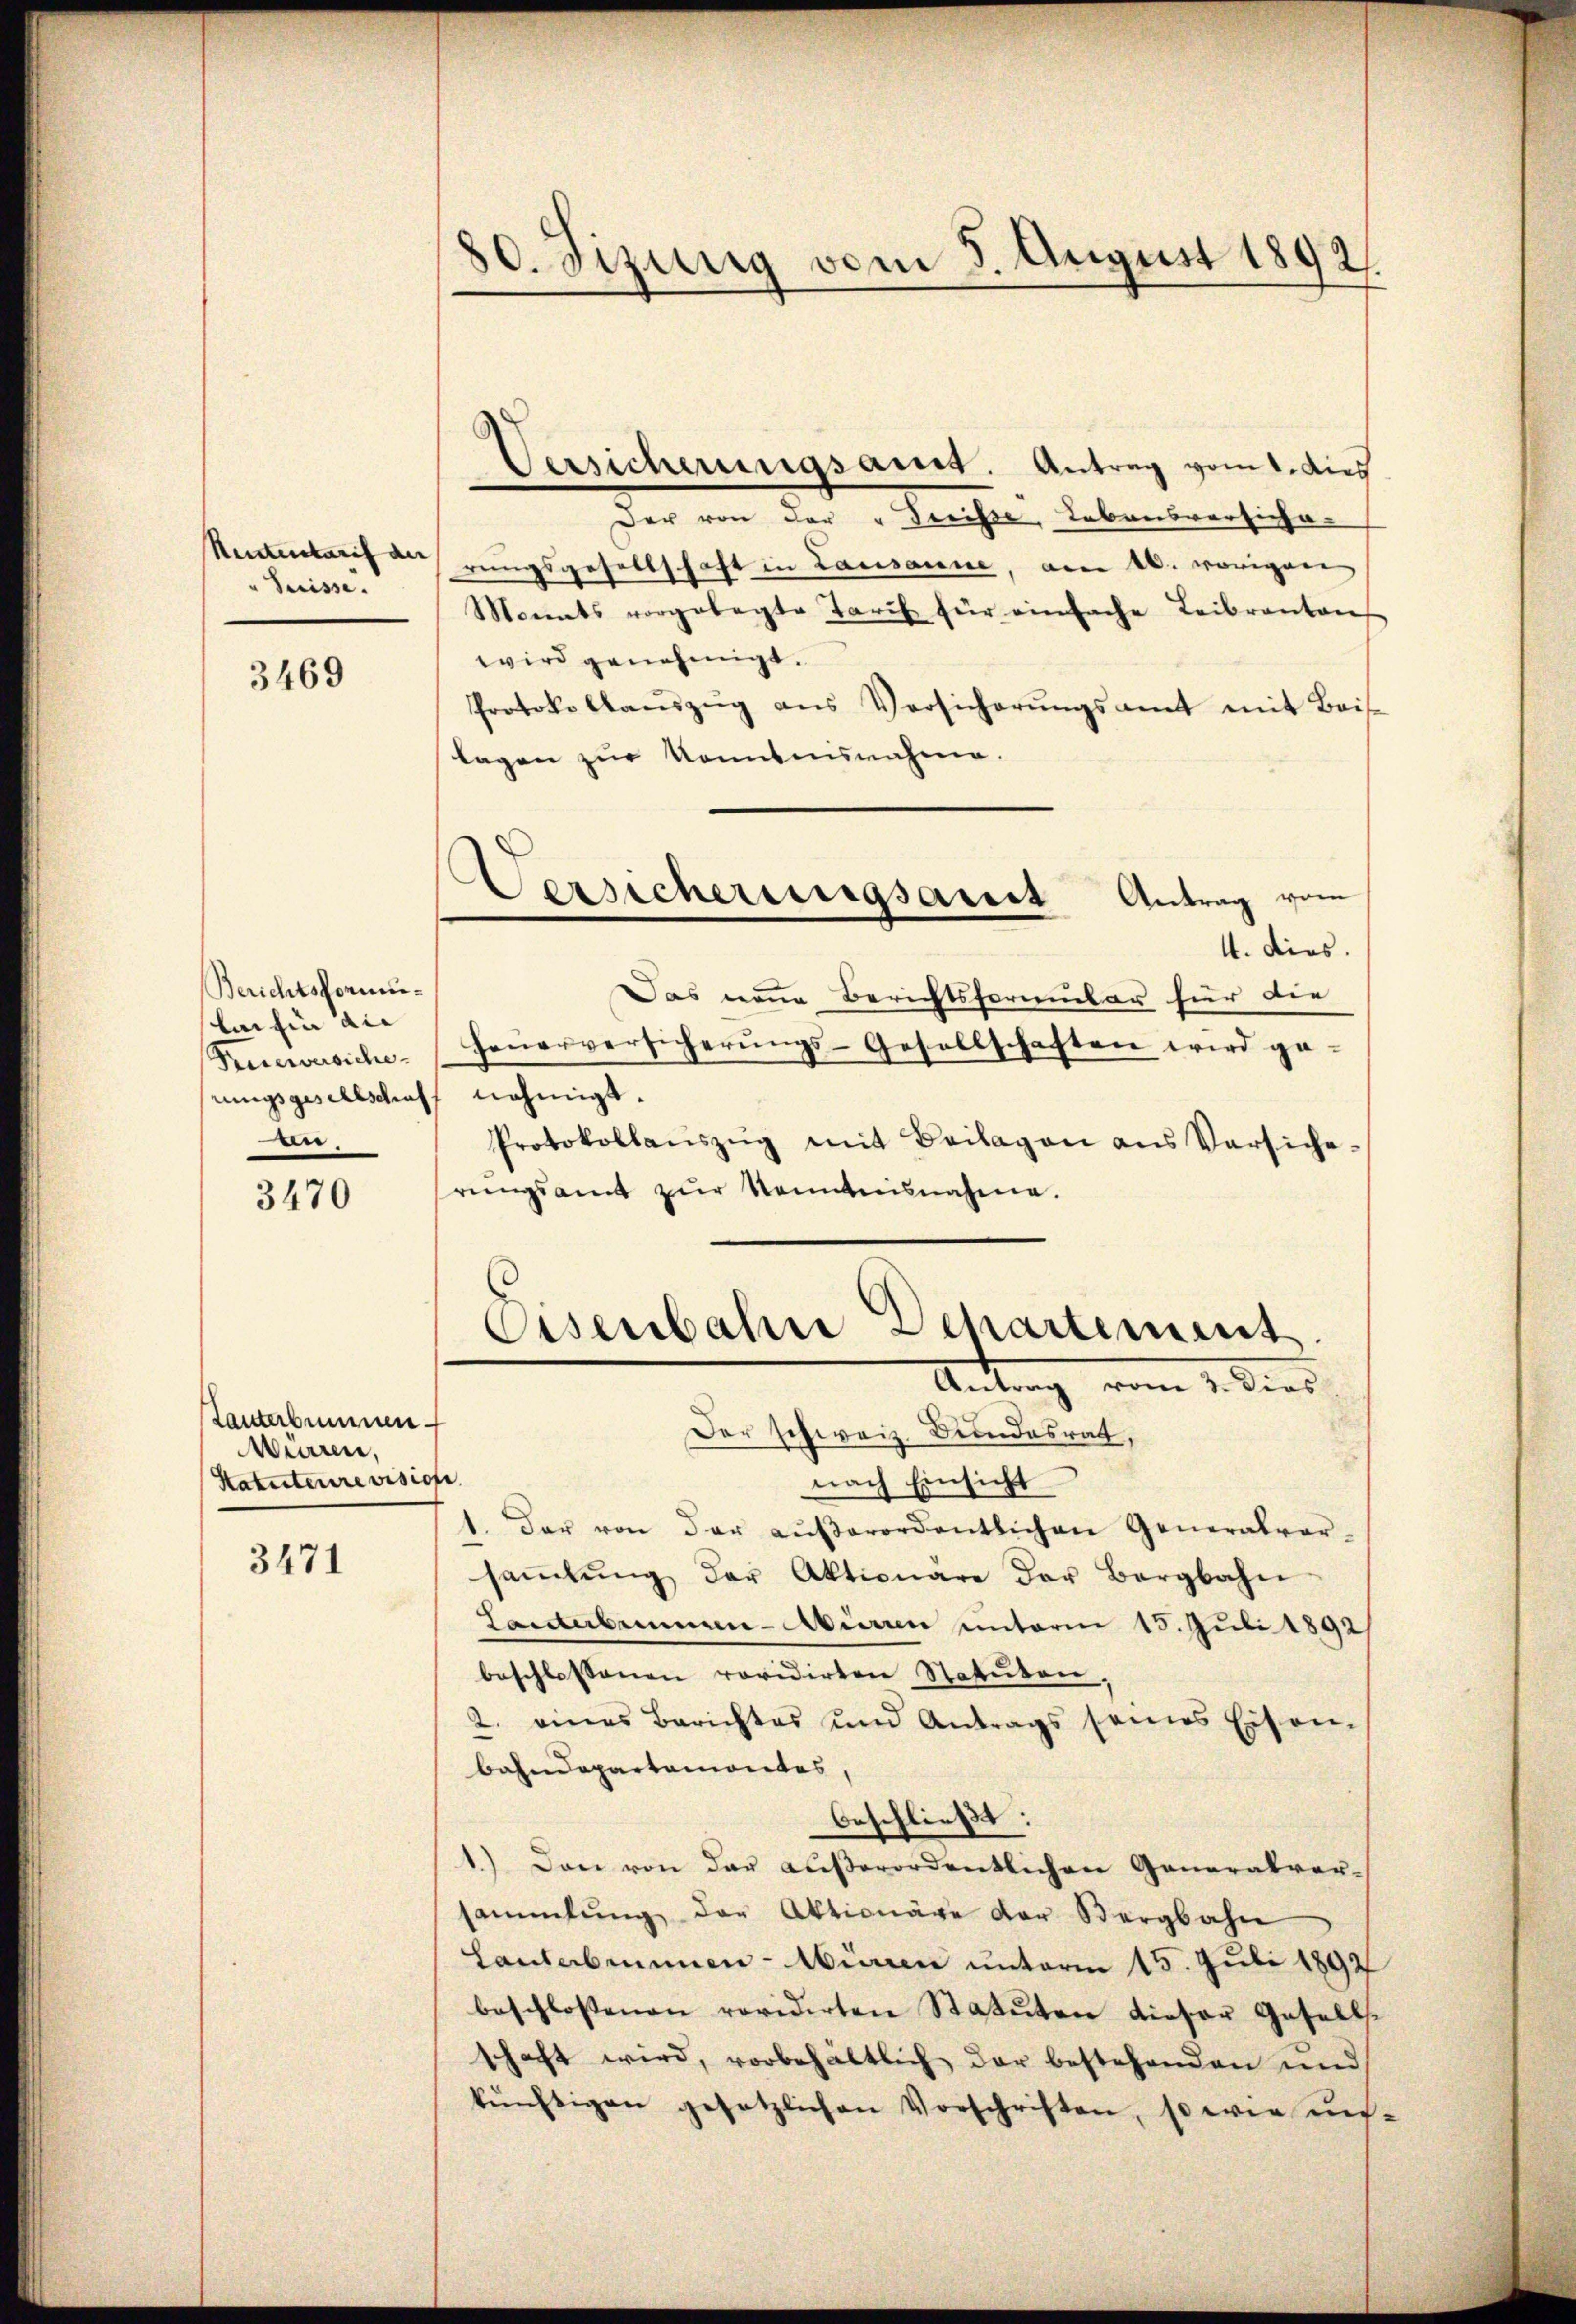
Rententarif der
Suisse.

3469

Berichtsformulaihin die
Der

3470

Tanterbummen
Mürrer,
Katuteurevision

3471

80. Fizung vom 5. August 1892.

Versicherungsamt. Antrag vom 1. Aus
Der von der "Trrisse Lebensversicha-
rungsgesellschaft in Lausanne, am 26. vorigen
Monats vorgelegte Tarif für einfache Leibranten
wird genehmigt.
Protokollaŭszŭg ans Versicherŭngsamt mit Beis
lagen zur Kenntnisnahme.
Versicherungsamst
Antrag vom
4. dies.
Das neue Berichtsformular für die
Feuerversiche Feŭerversicherŭngs-Gesellschaften wird ge-
rungsgesellschaff nehmigt.
Protokollaŭszŭg mit Beilagen ans Versiche-
rungsamt zur Kenntnisnahme.

Osenbahn Departement
Antrag vom 1. Dies

Der schweiz. Bundesrath,
nach Einsicht
1. Der von der aŭβerordentlichen Generalver-
saṁlŭng der Aktionäre der Bergbahn
Lanterbummen-Aerren unterm 15. Juli 1892
beschlossenen revidirten Statuten
2. eines Berichtes und Antrags seines Eisen-
bahndepartemontes,
beschließt:
1.) Den von der aŭβerordentlichen Generalver-
sammlung der Aktionäge der Bergbahn
Hautabrunnen-Würen unterm 15. Juli 1892
beschlossenen revidirten Statuten dieser Gesells
schaft wird, vorbehältlich der bestehenden und
künftigen gesetzlichen Vorschriften, so wie un-